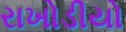
રાખોડીયો